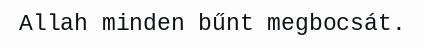
Allah minden bűnt megbocsát.